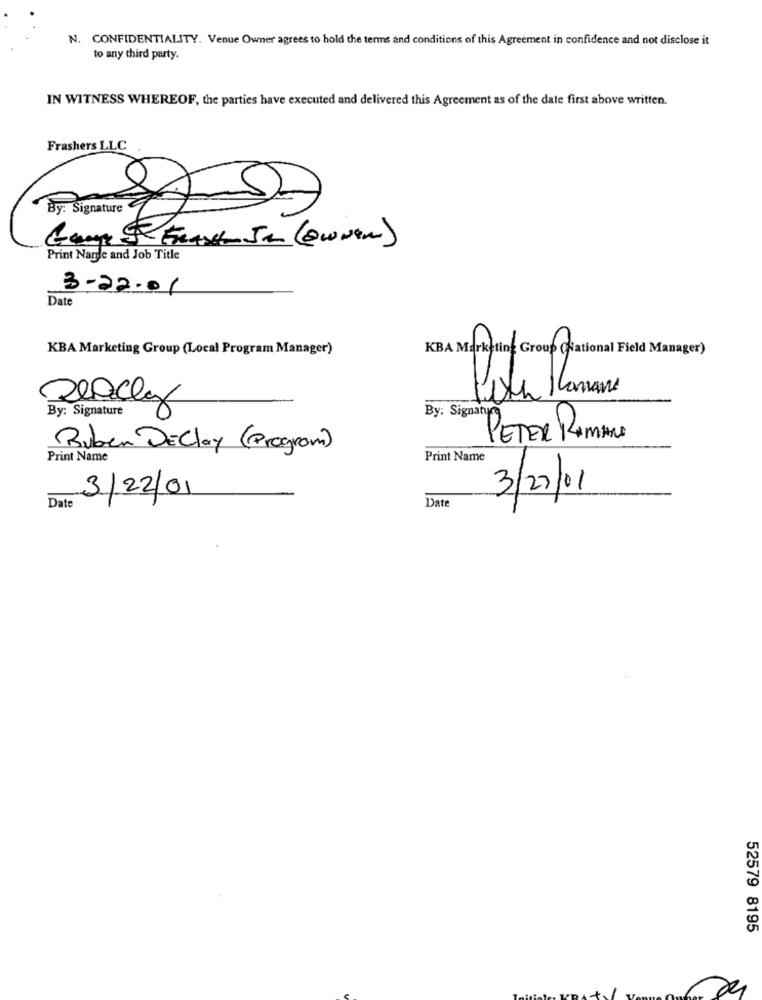
N. CONFIDENTIALITY. Venue Owner agrees to hold the terms and conditions of this Agreement in confidence and not disclose it
to any third party.
IN WITNESS WHEREOF, the parties have executed and delivered this Agreement as of the date first above written.
Frashers LLC
By: Signature
Camp - FRANK In (Owner)
Print Name and Job Title
3-22-01
Date
KBA Marketing Group (Local Program Manager)
KBA Marketing Group (National Field Manager)
By: Signature
By: Signatyca
PETER RAMANO
Ruben DEClay (Program)
Print Name
Print Name
3/22/01
3/22/01
Date
Date
52579 8195